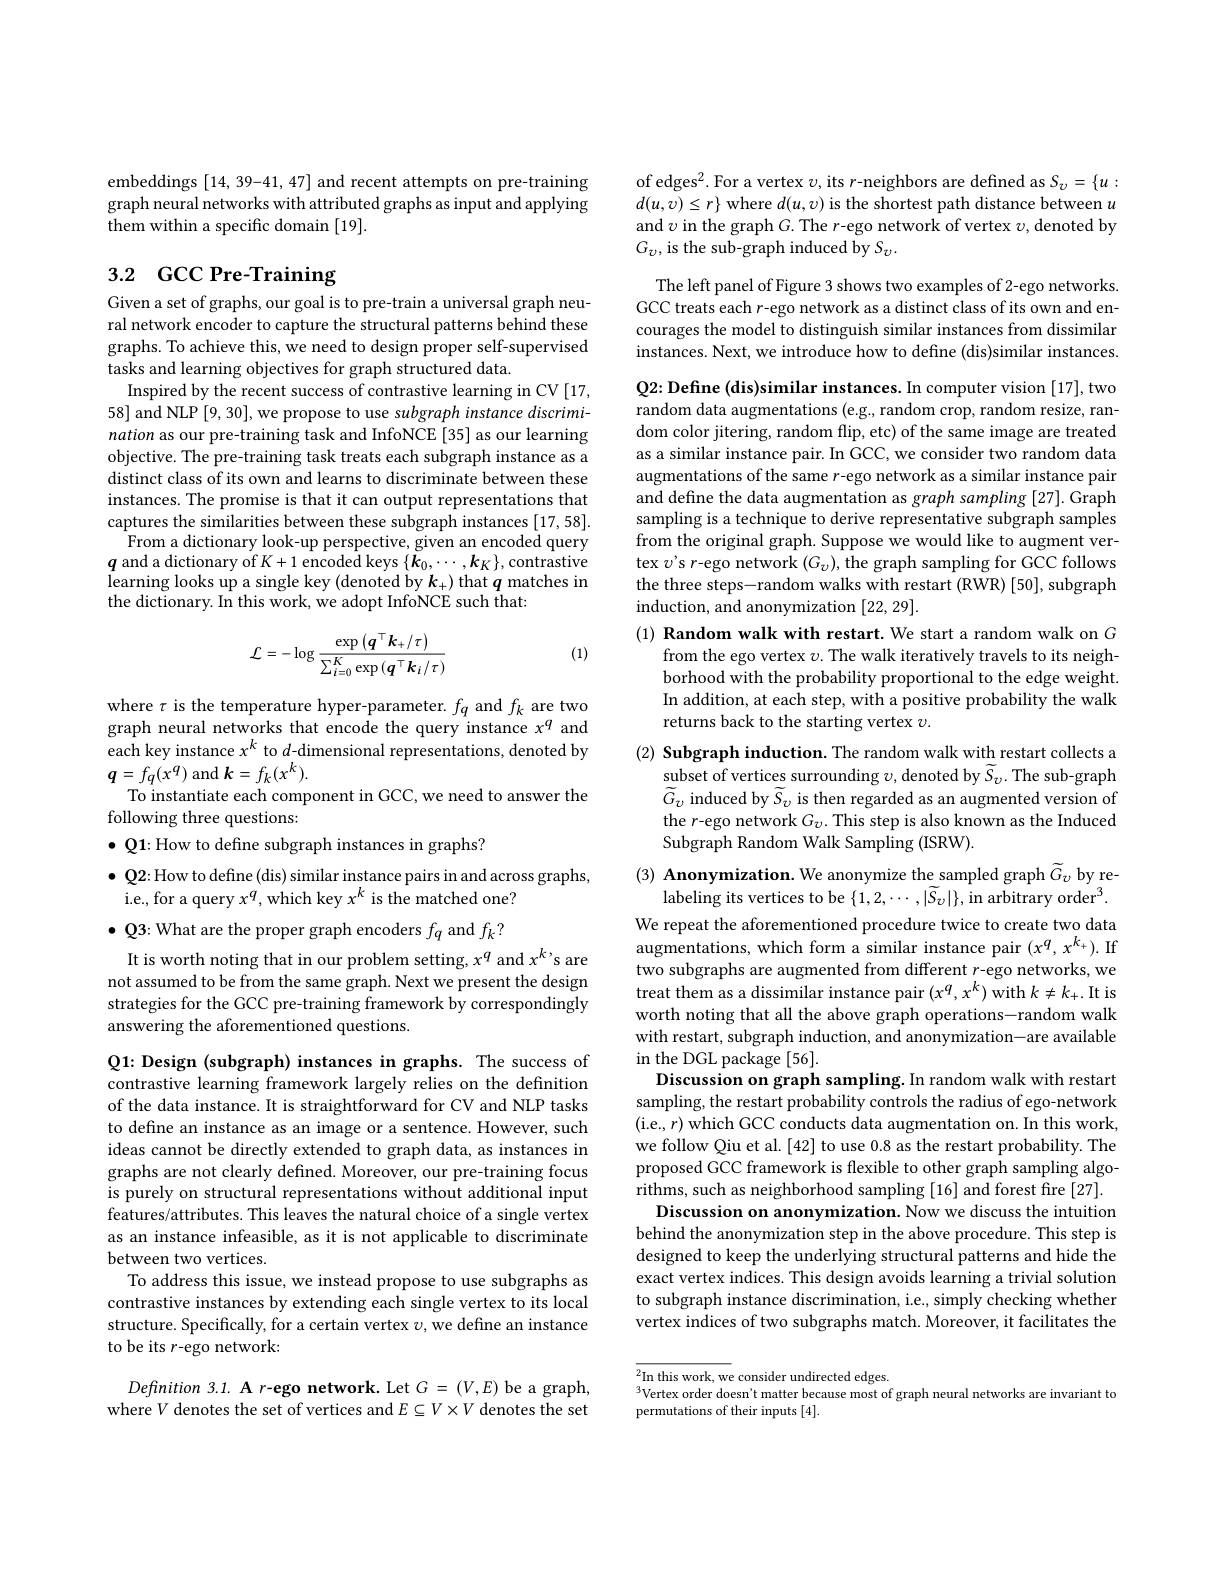
embeddings [14,39-41,47] and recent attempts on pre-training graph neural networks with attributed graphs as input and applying them within a specific domain [19].

# 3.2 GCC Pre-Training

Given a set of graphs, our goal is to pre-train a universal graph neural network encoder to capture the structural patterns behind these graphs. To achieve this, we need to design proper self-supervised tasks and learning objectives for graph structured data.
Inspired by the recent success of contrastive learning in CV[17, 58] and NLP [9, 30], we propose to use subgraph instance discrimination as our pre-training task and InfoNCE [35] as our learning objective. The pre-training task treats each subgraph instance as a distinct class of its own and learns to discriminate between these instances. The promise is that it can output representations that captures the similarities between these subgraph instances [17,58].
From a dictionary look-up perspective, given an encoded query $q$ and a dictionary of $K+1$ encoded keys $\{\boldsymbol{k}_0,\cdots,\boldsymbol{k}_K\}$,contrastive learning looks up a single key (denoted by $k_+)$ that $q$ matches in the dictionary. In this work, we adopt InfoNCE such that:

(1)
$$\mathcal{L}=-\log\frac{\exp\left(\boldsymbol{q}^{\top}\boldsymbol{k}_{+}/\tau\right)}{\sum_{i=0}^{K}\exp\left(\boldsymbol{q}^{\top}\boldsymbol{k}_{i}/\tau\right)}$$
where $\tau$ is the temperature hyper-parameter. $f_q$ and $f_k$ are two graph neural networks that encode the query instance $x^q$ and each key instance $x^k$ to $d$-dimensional representations, denoted by $\boldsymbol{q}=fq(x^{q})$ and $k=f_k(x^{k}).$
To instantiate each component in GCC, we need to answer the
following three questions:
$\bullet$ Q1: How to define subgraph instances in graphs?
$\bullet$ Q2: How to define (dis) similar instance pairs in and across graphs,
i.e., for a query $x^q$, which key $x^k$ is the matched one? $\bullet$ Q3: What are the proper graph encoders $f_q$ and $f_k?$
It is worth noting that in our problem setting, $x^q$ and $x^k$,s are not assumed to be from the same graph. Next we present the design strategies for the GCC pre-training framework by correspondingly answering the aforementioned questions.

Q1: Design (subgraph) instances in graphs. The success of contrastive learning framework largely relies on the definition of the data instance. It is straightforward for CV and NLP tasks to define an instance as an image or a sentence. However, such ideas cannot be directly extended to graph data, as instances in graphs are not clearly defined. Moreover, our pre-training focus is purely on structural representations without additional input features/attributes. This leaves the natural choice of a single vertex as an instance infeasible, as it is not applicable to discriminate between two vertices.
To address this issue, we instead propose to use subgraphs as contrastive instances by extending each single vertex to its local structure. Specifically, for a certain vertex $v$, we define an instance to be its r-ego network:

$Definition~3.1.~A~r~-ego~network.~Let~G~=~(V,E)~be~a~graph$, where $V$ denotes the set of vertices and $E\subseteq V\times V$ denotes the set

of edges$^2.$For a vertex $v$,its $r$-neighbors are defined as $S_v=\{u:$ $d(u,v)\leq r\}$ where $d(u,v)$ is the shortest path distance between $u$ and $\upsilon$ in the graph $G.$ The $r$-ego network of vertex $v$, denoted by $G_{v}$, is the sub-graph induced by $S_v.$

The left panel of Figure 3 shows two examples of 2-ego networks. GCC treats each r-ego network as a distinct class of its own and encourages the model to distinguish similar instances from dissimilar instances. Next, we introduce how to define (dis)similar instances.

Q2: Define (dis)similar instances. In computer vision [17], two random data augmentations (e.g., random crop, random resize, random color jitering, random flip, etc) of the same image are treated as a similar instance pair. In GCC, we consider two random data augmentations of the same $r$-ego network as a similar instance pair and define the data augmentation as graph sampling [27]. Graph sampling is a technique to derive representative subgraph samples from the original graph. Suppose we would like to augment vertex $v^{\prime}$s r-ego network $(G_\upsilon)$, the graph sampling for GCC follows the three steps-random walks with restart (RWR) [50], subgraph induction, and anonymization [22,29].
(1) Random walk with restart. We start a random walk on $G$

from the ego vertex $v.$ The walk iteratively travels to its neighborhood with the probability proportional to the edge weight. In addition, at each step, with a positive probability the walk returns back to the starting vertex $v.$

$( 2) \textbf{ Subgraph induction. The random walk with restart collects a}$
subset of vertices surrounding $\upsilon$, denoted by $\tilde{S}_\upsilon.$ The sub-graph $\tilde{G}_v$ induced by $\widetilde S_v$ is then regarded as an augmented version of the r-ego network $G_v.$ This step is also known as the Induced Subgraph Random Walk Sampling (ISRW).

(3) Anonymization. We anonymize the sampled graph $\widetilde G_\upsilon$ by re-
labeling its vertices to be $\{1,2,\cdots,|\tilde{S}_{v}|\}$,in arbitrary order$^3.$ We repeat the aforementioned procedure twice to create two data augmentations, which form a similar instance pair $(x^q,x^k_+).$ If two subgraphs are augmented from different $r$-ego networks, we treat them as a dissimilar instance pair $(x^q,x^k)$ with $k\neq k_+.$ It is worth noting that all the above graph operations-random walk with restart, subgraph induction, and anonymization-are available in the DGL package [56].
Discussion on graph sampling. In random walk with restart sampling, the restart probability controls the radius of ego-network (i.e., $r)$ which GCC conducts data augmentation on. In this work, we follow Qiu et al.[42] to use 0.8 as the restart probability. The proposed GCC framework is flexible to other graph sampling algorithms, such as neighborhood sampling [16] and forest fire [27].
Discussion on anonymization. Now we discuss the intuition behind the anonymization step in the above procedure. This step is designed to keep the underlying structural patterns and hide the exact vertex indices. This design avoids learning a trivial solution to subgraph instance discrimination, i.e., simply checking whether vertex indices of two subgraphs match. Moreover, it facilitates the

$\overline{{^2}\text{In this work, we consider undirected edges.}}$
$^{3}$Vertex order doesn't matter because most of graph neural networks are invariant to
permutations of their inputs [4].